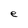
Character: e